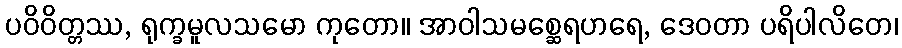
ပဝိဝိတ္တဿ, ရုက္ခမူလသမော ကုတော။ အာဝါသမစ္ဆေရဟရေ, ဒေဝတာ ပရိပါလိတေ၊